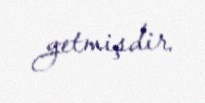
getmişdir.